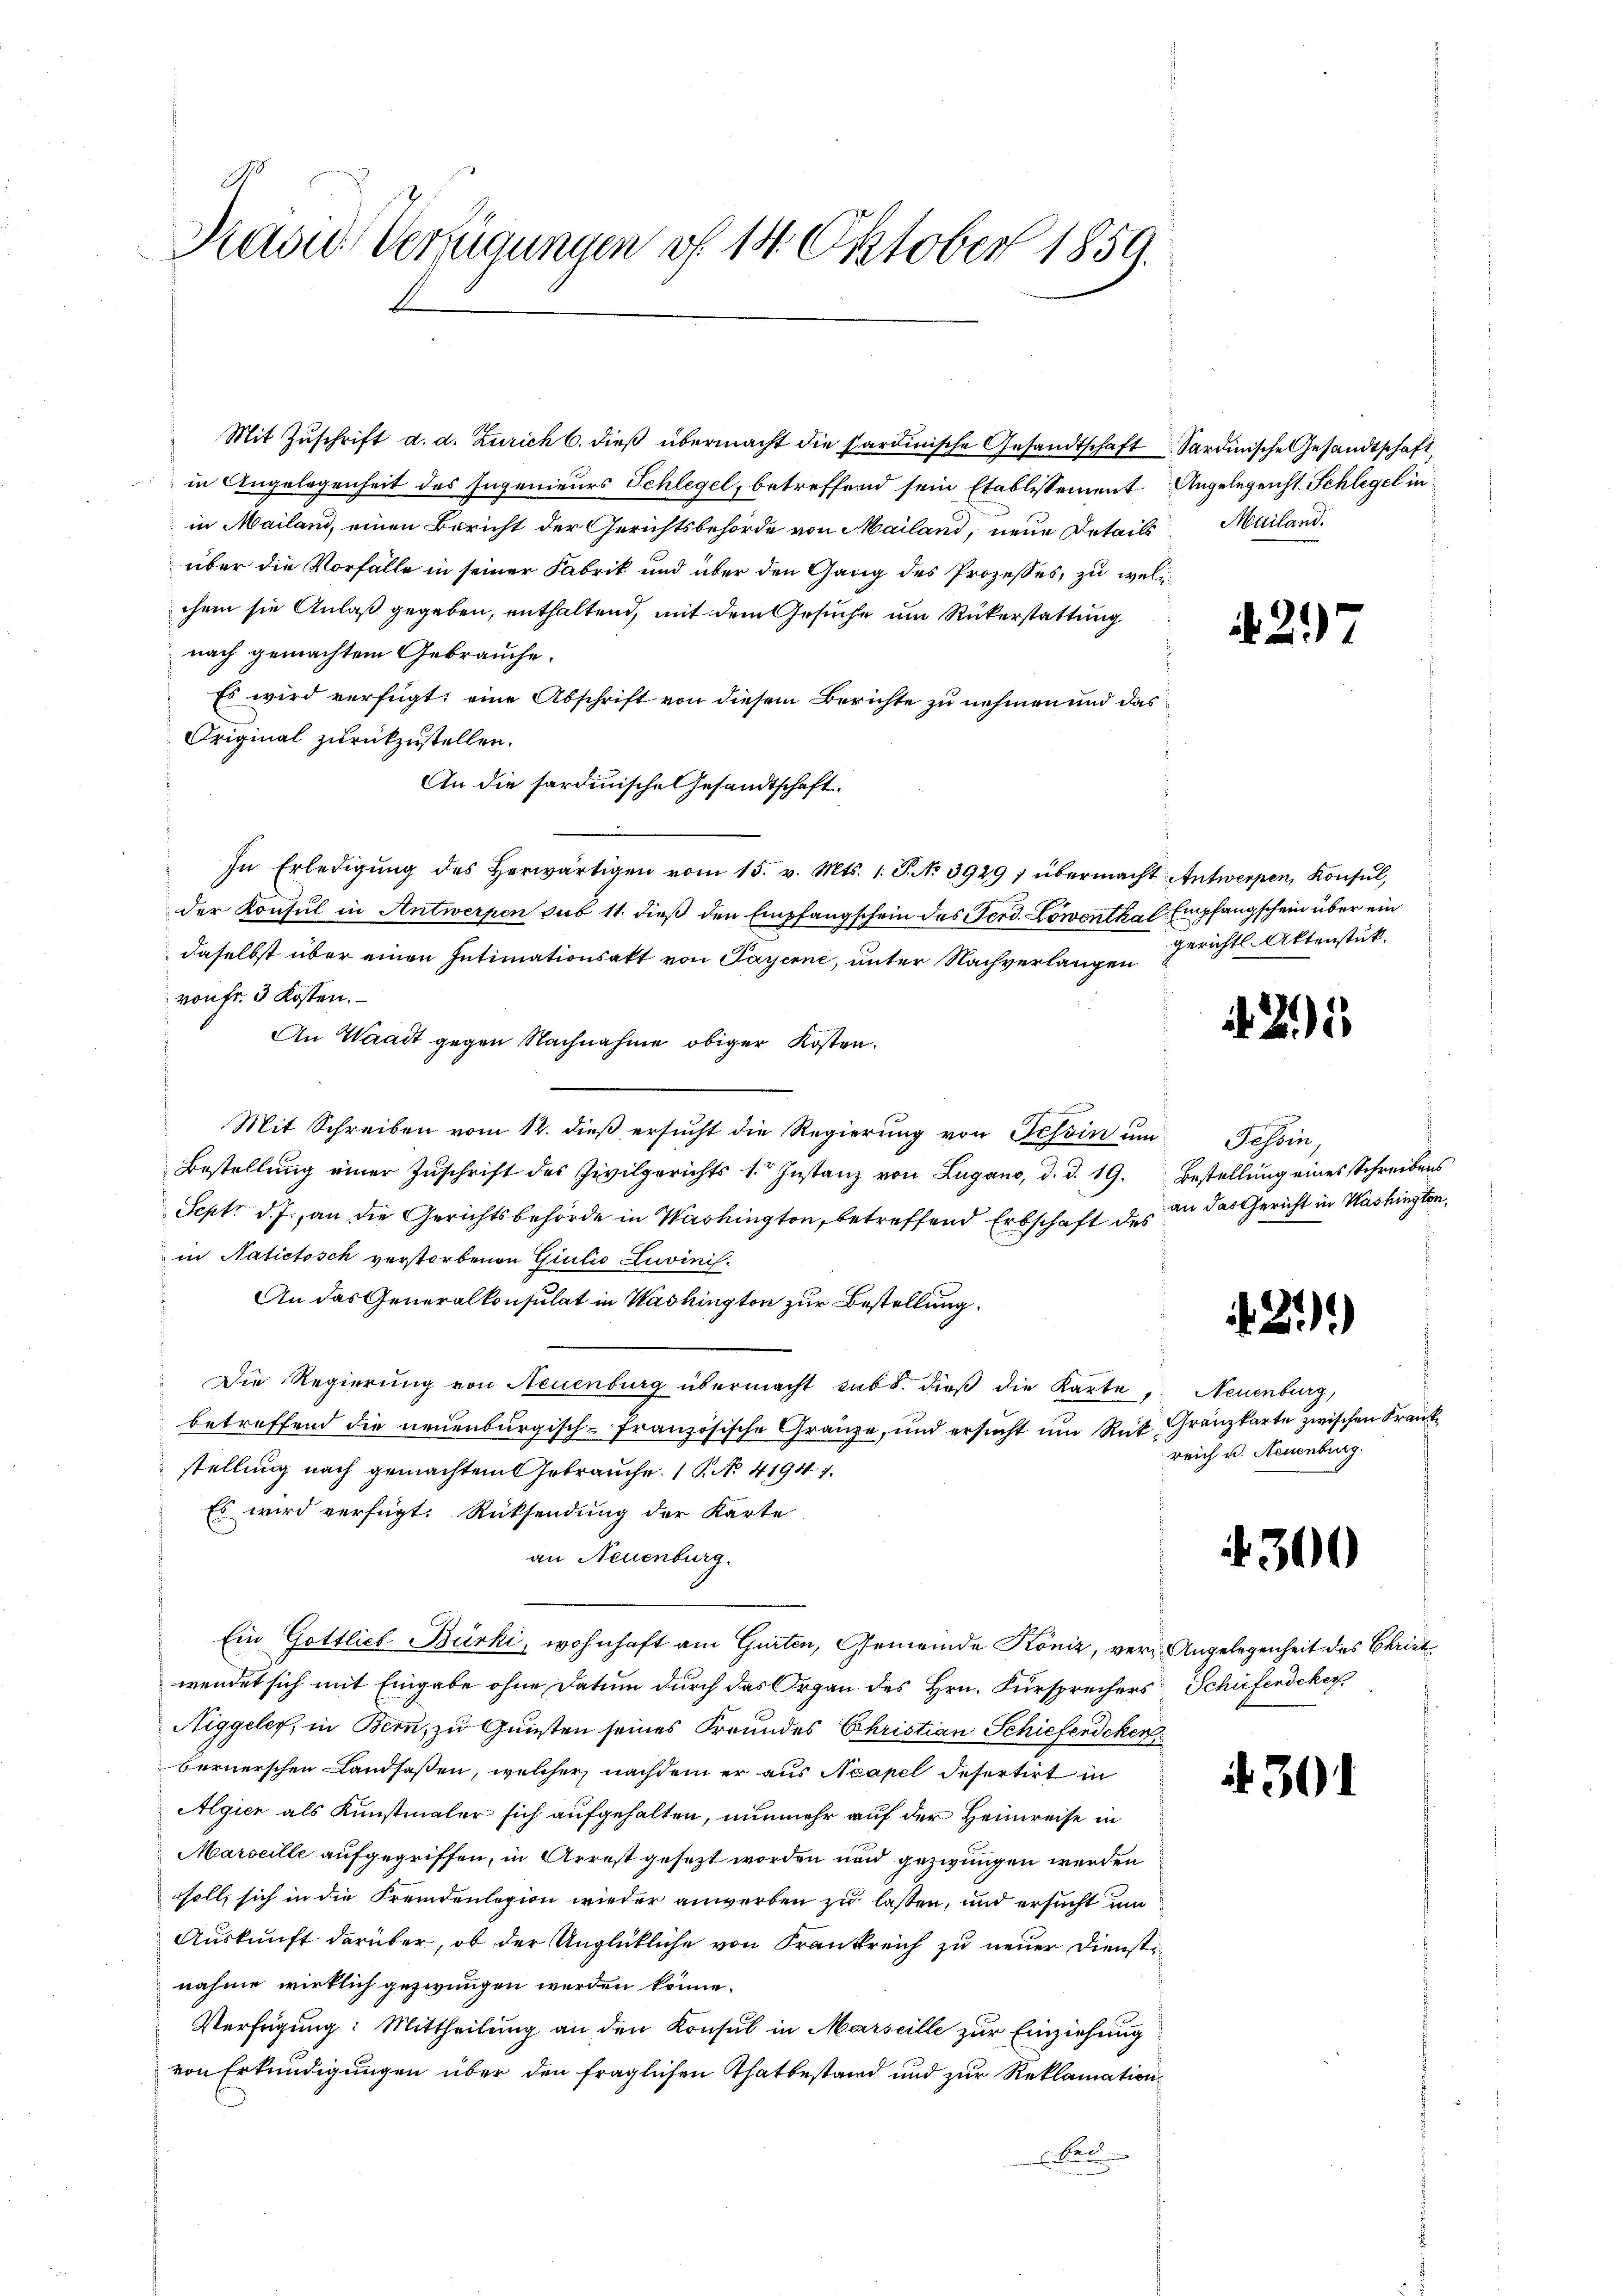
Ravid Verfügungen vf 14 Oktober 1859.

Mit Zŭschrift d. d. Zürich 6. dieβ übermacht die Sardinische Gesandtschaft Sardinische Gesandtschaft
in Angelegenheit des Ingenieurs Schlegel, betreffend sein Etablissement Angelegenst. Schlegel in
in Mailand, einen Bericht der Gerichtsbehörde von Mailand, neue Details Mailand.
über die Vorfälle in seiner Fabrik und über den Gang des Prozesses, zu welchem sie Anlaß gegeben, enthaltend, mit dem Gesuche um Rükerstattung
nach gemachtem Gebrauche.
Es wird verfügt: eine Abschrift von diesem Berichte zu nehmen und das
Original zurückzustellen.
An die sardinische Gesandtschaft.
In Erledigŭng des herwärtigen vom 15. v. Mts. 1. P. No 3929; übermacht Antwerpen, Konsŭl,
der Konsul in Antwerpen sub 11. dieß den Empfangschein des Ferd. Löwenthal Empfangschein über ein
daselbst über einen Intimationsakt von Payerne, unter Nachverlangen
von Fr. 3 Kosten.
An Waadt gegen Nachnahme obiger Kosten.
Mit Schreiben vom 12. dieß ersucht die Regierung von Tessin um Tessin,
Bestellung einer Zuschrift des Zivilgerichts 1. Instanz von Lugano, d. d. 19. Bestellung eines Schreibens
Sept. d. J., an die Gerichtsbehörde in Washington, betreffend Erbschaft des an das Gericht in Washingten,
in Natictosch verstorbenen Giulio Zuvinis.
An das Generalkonsulat in Washington zur Bestellung
Die Regierung von Neuenburg übermacht sub. dieß die Karte
betreffend die neuenburgisch-französische Gränze, und ersŭcht ŭm Rük Gränzkarte zwischen Krankstellung nach gemachten Gebrauche. 1. No 4194. 1.
Es wird verfügt: Rücksendung der Karte
an Neuenburg.
Ein Gottlich Bürki, wohnhaft am Gurten, Gemeinde Köniz, verz. Angelegenheit des Christ
wendet sich mit Eingabe ohne Datum durch das Organ des Hrn. Fürsprechers Schüferdeker
Niggeler, in Bern, zu Gunsten seines Freundes Christian Schiefendeker
bernerschen Landsassen, welcher nachdem er aus Neapel defertirt in
Algien als Kunstmaler sich aufgehalten, nunmehr auf der Heimreise in
Marseille aufgegriffen, in Arrest gesezt worden und gezwungen werden
soll, sich in die Fremdenlegion wieder anwerben zu lassen, und ersucht und
Auskunft darüber, ob der Unglückliche von Frankreich zu neuer Dienstnahme wirklich gezwungen werden könne.
Verfügung: Mittheilung an den Konsul in Marseille zur Einziehung
von Erkundigungen über den fraglichen Thatbestand und zur Reklamation
bed

. 27

gerichtl. Aktenstück.

2.)

21).

Neuenburg,
reich u. Neuenburg.

4300

301